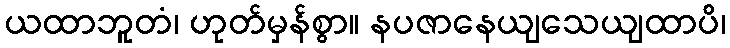
ယထာဘူတံ၊ ဟုတ်မှန်စွာ။ နပဇာနေယျသေယျထာပိ၊